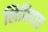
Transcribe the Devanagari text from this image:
लिपिपाठ